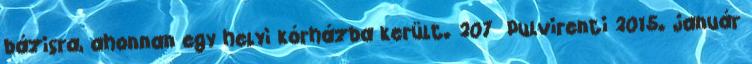
bázisra, ahonnan egy helyi kórházba került. 207 Pulvirenti 2015. január